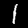
Digit: 1